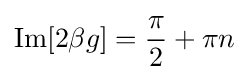
\operatorname {Im} [2\beta g]={\frac {\pi }{2}}+\pi n